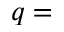
q =